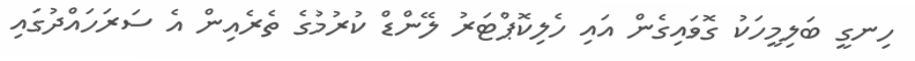
ހިނގީ ބަލިމީހަކު ގޮވައިގެން އައި ހެލިކޮޕްޓަރު ލޭންޑް ކުރުމުގެ ތެރެއިން އެ ސަރަހައްދުގައި